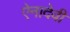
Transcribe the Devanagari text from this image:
ऐनादेवी